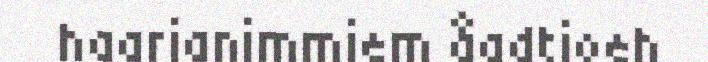
haarjanimmiem åadtjoeh